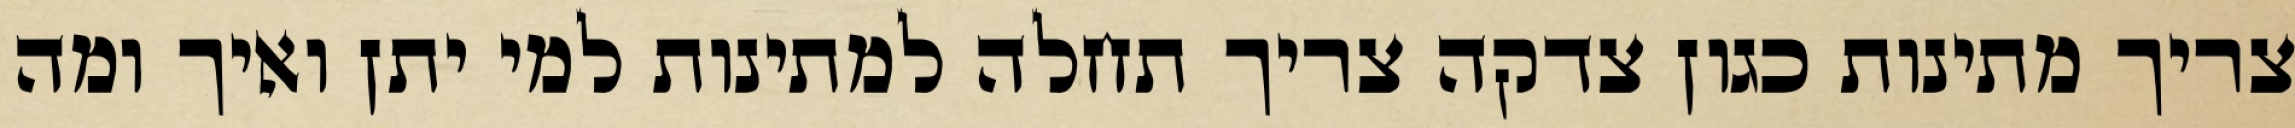
צריך מתינות כגון צדקה צריך תחלה למתינות למי יתן ואיך ומה